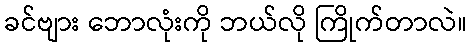
ခင်ဗျား ဘောလုံးကို ဘယ်လို ကြိုက်တာလဲ။